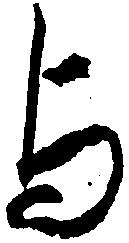
与